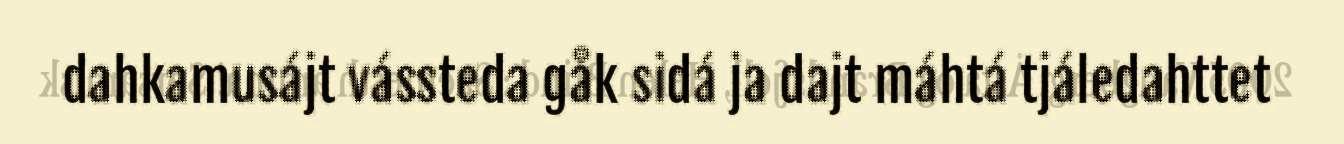
dahkamusájt vássteda gåk sidá ja dajt máhtá tjáledahttet